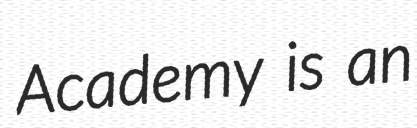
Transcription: Academy is an